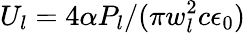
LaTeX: U_{l}=4\alpha P_{l}/(\pi w_{l}^{2}c\epsilon_{0})